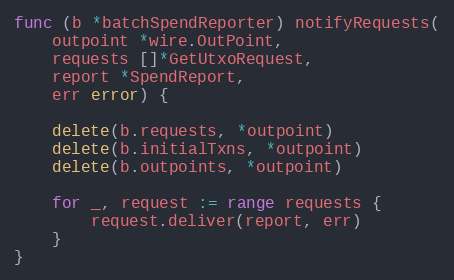
Language: Go
func (b *batchSpendReporter) notifyRequests(
	outpoint *wire.OutPoint,
	requests []*GetUtxoRequest,
	report *SpendReport,
	err error) {

	delete(b.requests, *outpoint)
	delete(b.initialTxns, *outpoint)
	delete(b.outpoints, *outpoint)

	for _, request := range requests {
		request.deliver(report, err)
	}
}